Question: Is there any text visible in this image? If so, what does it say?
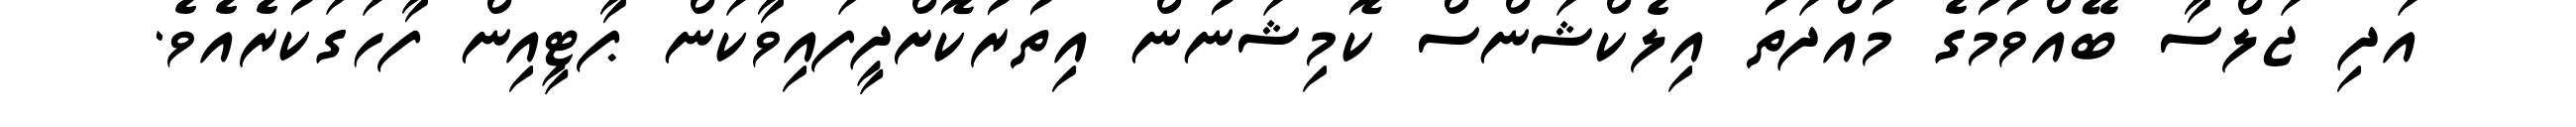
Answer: އަދި ޖަލްސާ ބޭއްވުމުގެ މުއްދަތު އިލެކްޝަންސް ކޮމިޝަނުން އިތުރުކޮށްދީފައިވާކަން ޕާޓީއިން ފާހަގަކުރެއެވެ.